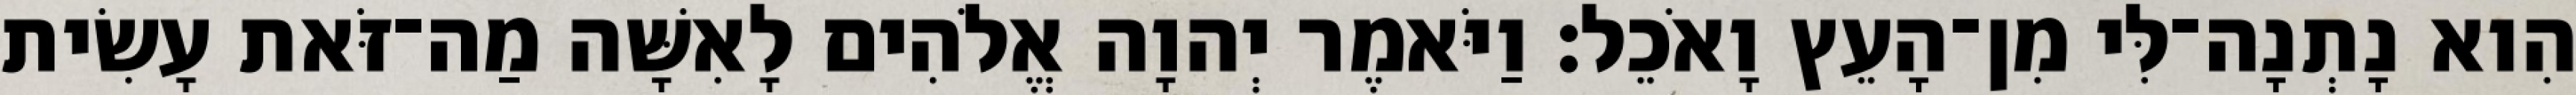
הִוא נָתְנָה־לִּי מִן־הָעֵץ וָאֹכֵל׃ וַיֹּאמֶר יְהוָה אֱלֹהִים לָאִשָּׁה מַה־זֹּאת עָשִׂית